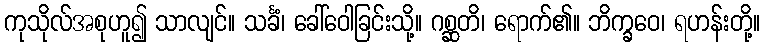
ကုသိုလ်အစုဟူ၍ သာလျင်။ သင်္ခံ၊ ခေါ်ဝေါခြင်းသို့။ ဂစ္ဆတိ၊ ရောက်၏။ ဘိက္ခဝေ၊ ရဟန်းတို့။